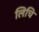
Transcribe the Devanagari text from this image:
लिचि